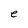
Character: e